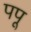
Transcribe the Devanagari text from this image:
पपू